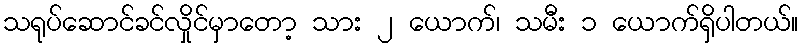
သရုပ်ဆောင်ခင်လှိုင်မှာတော့ သား ၂ ယောက်၊ သမီး ၁ ယောက်ရှိပါတယ်။